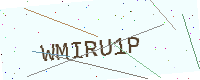
Text: WMIRU1P